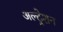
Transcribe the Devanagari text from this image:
अल्ट्रेशन